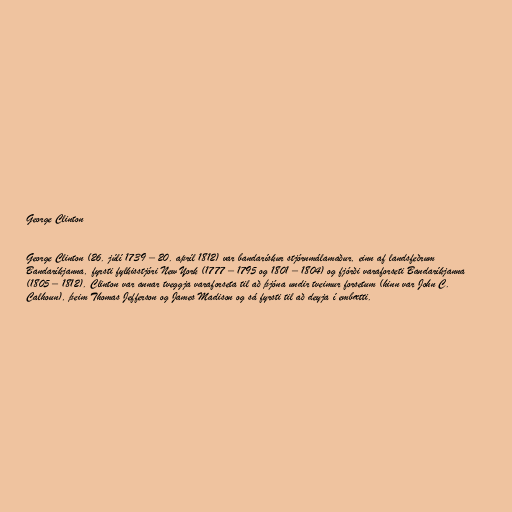
George Clinton

George Clinton (26. júlí 1739 – 20. apríl 1812) var bandarískur stjórnmálamaður, einn af landsfeðrum
Bandaríkjanna, fyrsti fylkisstjóri New York (1777 – 1795 og 1801 – 1804) og fjórði varaforseti Bandaríkjanna
(1805 – 1812). Clinton var annar tveggja varaforseta til að þjóna undir tveimur forsetum (hinn var John C.
Calhoun), þeim Thomas Jefferson og James Madison og sá fyrsti til að deyja í embætti.